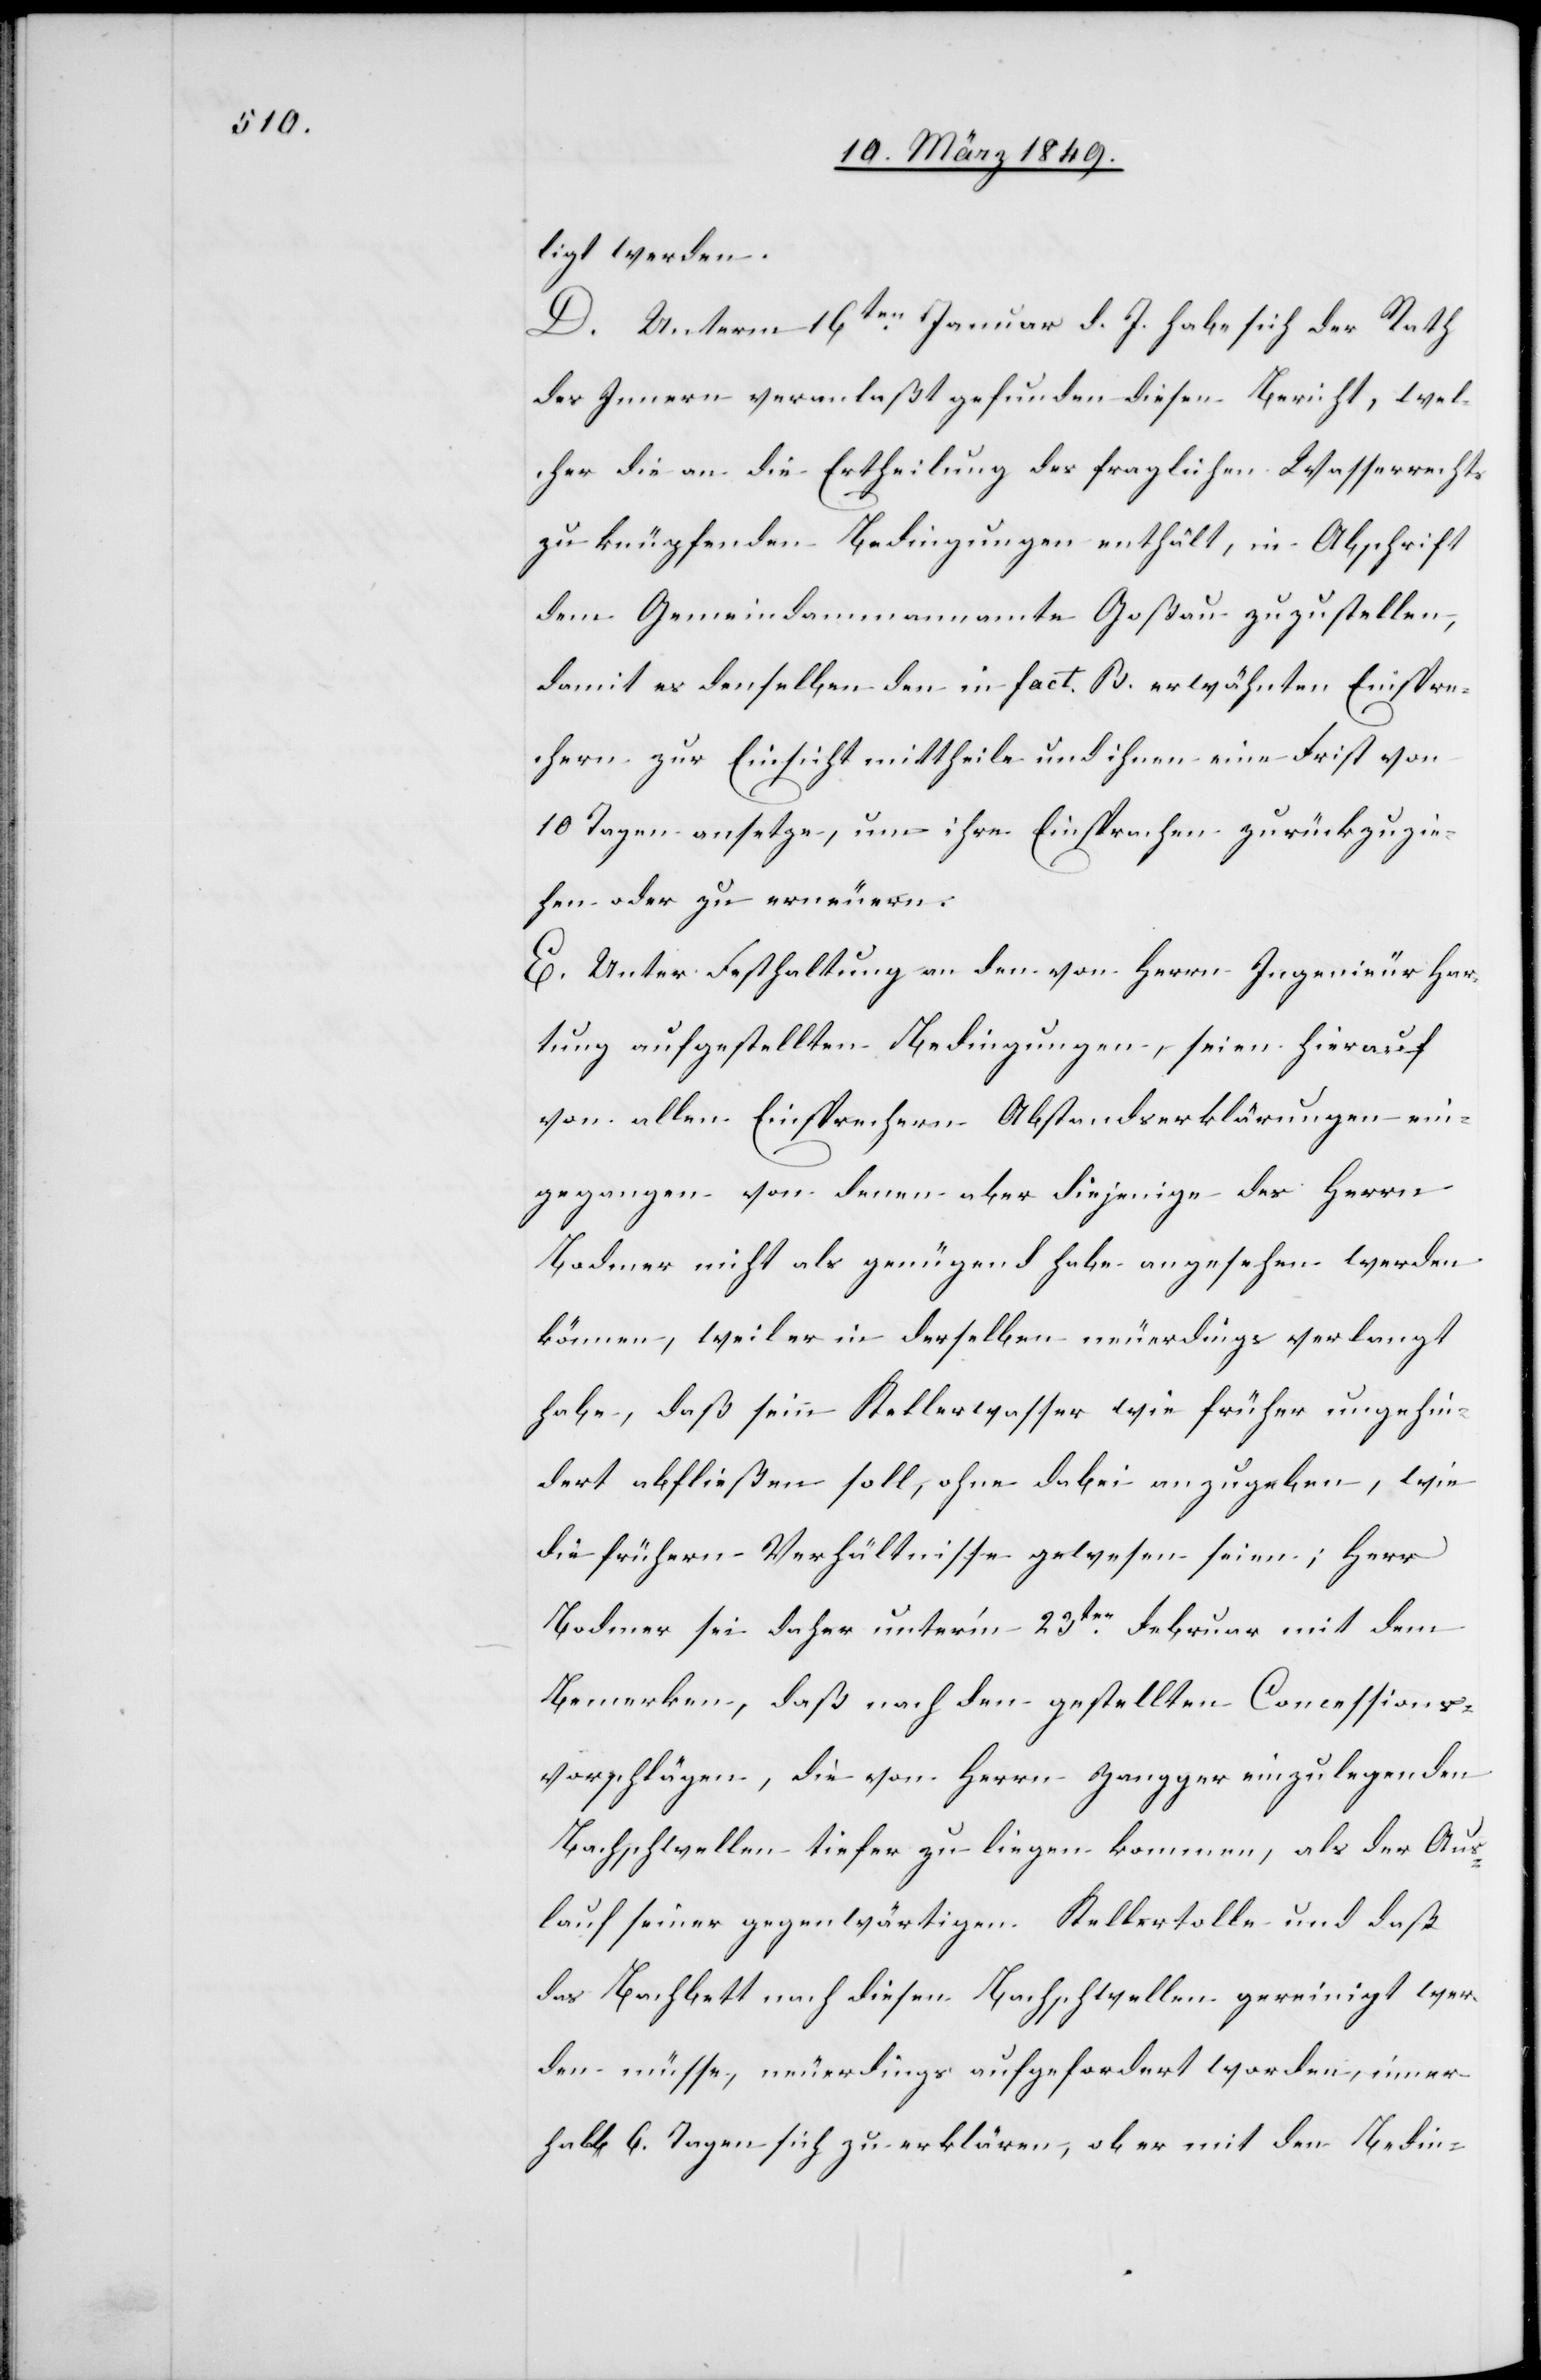
ligt werden.
D. Unterm 16ten. Januar d. J. habe sich der Rath
des Innern veranlaßt gefunden diesen Bericht, wel¬
cher die an die Ertheilung des fraglichen Wasserrechts
zu knüpfenden Bedingungen enthält, in Abschrift
dem Gemeindammannamte Goßau zuzustellen,
damit es denselben den in fact. B. erwähnten Einspre¬
chern zur Einsicht mittheile und ihnen eine Frist von
10 Tagen ansetze, um ihre Einsprachen zurückzuzie¬
hen oder zu erneuern.
E. Unter Festhaltung an den von Herrn Ingenieur Har¬
tung aufgestellten Bedingungen, seien hierauf
von allen Einsprechern Abstandserklärungen ein¬
gegangen von denen aber diejenige des Herrn
Bodmer nicht als genügend habe angesehen werden
können, weil er in derselben neuerdings verlangt
habe, daß sein Kellerwasser wie früher ungehin¬
dert abfließen soll, ohne dabei anzugeben, wie
die frühern Verhältnisse gewesen seien; Herr
Bodmer sei daher unter’m 23ten. Februar mit dem
Bemerken, daß nach den gestellten Concessions¬
vorschlägen, die von Herrn Zangger einzulegenden
Bachschwellen tiefer zu liegen kommen, als der Aus¬
lauf seiner gegenwärtigen Kellertolle und daß
das Bachbett nach diesen Bachschwellen gereinigt wer¬
den müsse, neuerdings aufgefordert worden, inner¬
halb 6. Tagen sich zu erklären, ob er mit den Bedin-